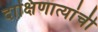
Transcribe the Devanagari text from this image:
दाक्षिणात्यांची